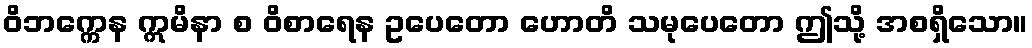
ဝိဘက္ကေန ဣမိနာ စ ဝိစာရေန ဥပေတော ဟောတိ သမုပေတော ဤသို့ အစရှိသော။